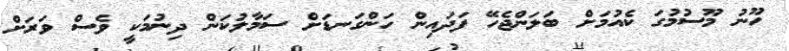
ހޫނު މޫސުމުގަ ކެއުމަށް ބަލަންޖެހޭ ފަދައިން ހަންގަނޑަށް ސަމާލުކަން ދިނުމަކީ ވެސް ވަރަށް